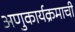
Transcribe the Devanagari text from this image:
अणुकार्यक्रमाची